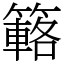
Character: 簵